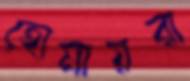
হোমায়রা